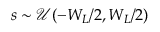
s \sim \mathcal { U } ( - W _ { L } / 2 , W _ { L } / 2 )